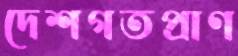
দেশগতপ্রাণ